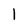
Character: 1